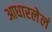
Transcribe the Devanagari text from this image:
आधारलेलं